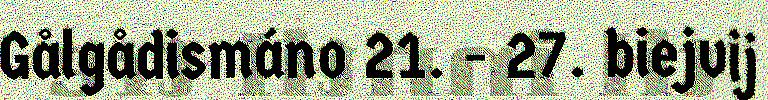
Gålgådismáno 21. - 27. biejvij